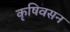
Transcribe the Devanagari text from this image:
कृषिवसन